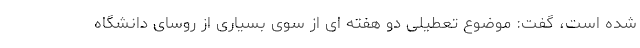
شده است، گفت: موضوع تعطیلی دو هفته ای از سوی بسیاری از روسای دانشگاه